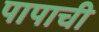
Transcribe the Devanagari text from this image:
पापाची